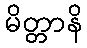
မိတ္တာနိ